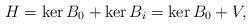
LaTeX: \begin{align*} H = \ker B_0 + \ker B_i = \ker B_0 + V,\end{align*}